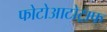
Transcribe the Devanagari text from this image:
फोटोआटोट्राफ